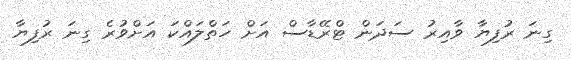
ގިނަ ރުފިޔާ ވާއިރު ސަދަން ޓްރޭޑާސް އަށް ހަތްލައްކަ އަށްވުރެ ގިނަ ރުފިޔާ